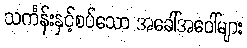
သင်္ကန်းနှင့်စပ်သော အခေါ်အဝေါ်များ